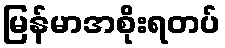
မြန်မာအစိုးရတပ်